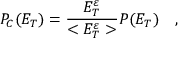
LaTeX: P _ { C } ( E _ { T } ) = { \frac { E _ { T } ^ { \varepsilon } } { < E _ { T } ^ { \varepsilon } > } } P ( E _ { T } ) \ \ \ ,